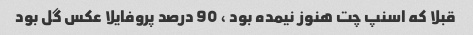
قبلا که اسنپ چت هنوز نیمده بود ، 90 درصد پروفایلا عکس گل بود